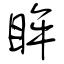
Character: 眸